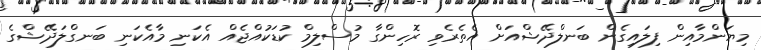
މިޔަންމާއިން ފިލައިގެން ބަނލްދޭޝްއަށް އެތެރެވި ރޮހިންގާ މުސްލިމް ކުޑަކުއްޖެއް އެކަނި މާއެކަނި ބަނގްލަދޭޝްގެ